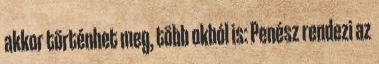
akkor történhet meg, több okból is: Penész rendezi az